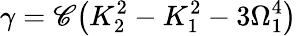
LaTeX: \gamma=\mathscr{C}\big(K_{2}^{2}-K_{1}^{2}-3\Omega_{1}^{4}\big)